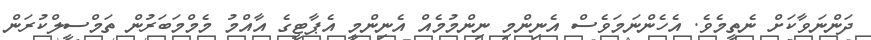
ދަންނަވާކަށް ނެތީމެވެ. އެހެންނަމަވެސް އެނިންމި ނިންމުމެއް އެނިންމީ އެޕާޓީގެ އާއްމު މެމްމަބަރުން ތަމްސީލްކުރަން